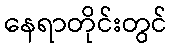
နေရာတိုင်းတွင်